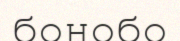
бонобо